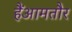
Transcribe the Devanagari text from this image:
हैंआमतौर